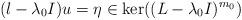
LaTeX: \begin{align*}(l-\lambda _{0}I)u=\eta \in \ker ((L-\lambda _{0}I)^{m_{0}}) \end{align*}